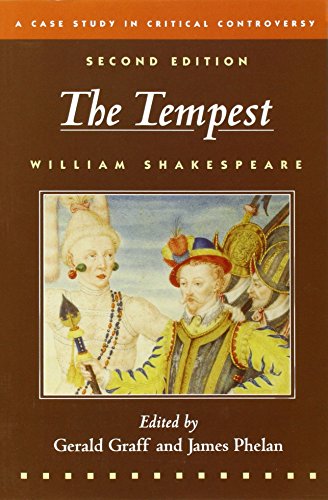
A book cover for The Tempest: A Case Study in Critical Controversy (Case Studies in Critical Controversy); William Shakespeare; Literature & Fiction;